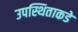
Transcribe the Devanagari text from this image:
उपस्थिताकडे